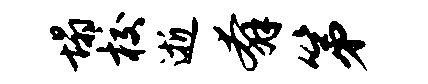
塌校逝奔第